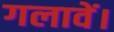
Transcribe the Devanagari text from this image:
गलावें।